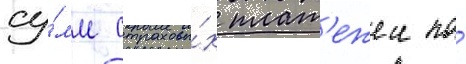
су́мм страховы́х плат'ежеи по́